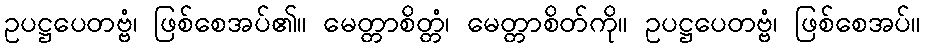
ဥပဋ္ဌပေတဗ္ဗံ၊ ဖြစ်စေအပ်၏။ မေတ္တာစိတ္တံ၊ မေတ္တာစိတ်ကို။ ဥပဋ္ဌပေတဗ္ဗံ၊ ဖြစ်စေအပ်။